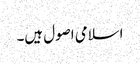
اسلامی اصول ہیں۔